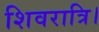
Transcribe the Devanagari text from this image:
शिवरात्रि।